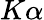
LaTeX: K\alpha